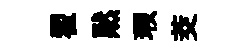
翟黙瑕茭